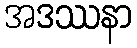
အဒဿနာ